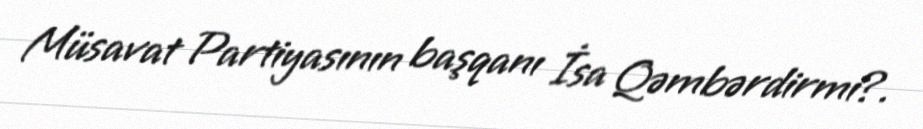
Müsavat Partiyasının başqanı İsa Qəmbərdirmi?.